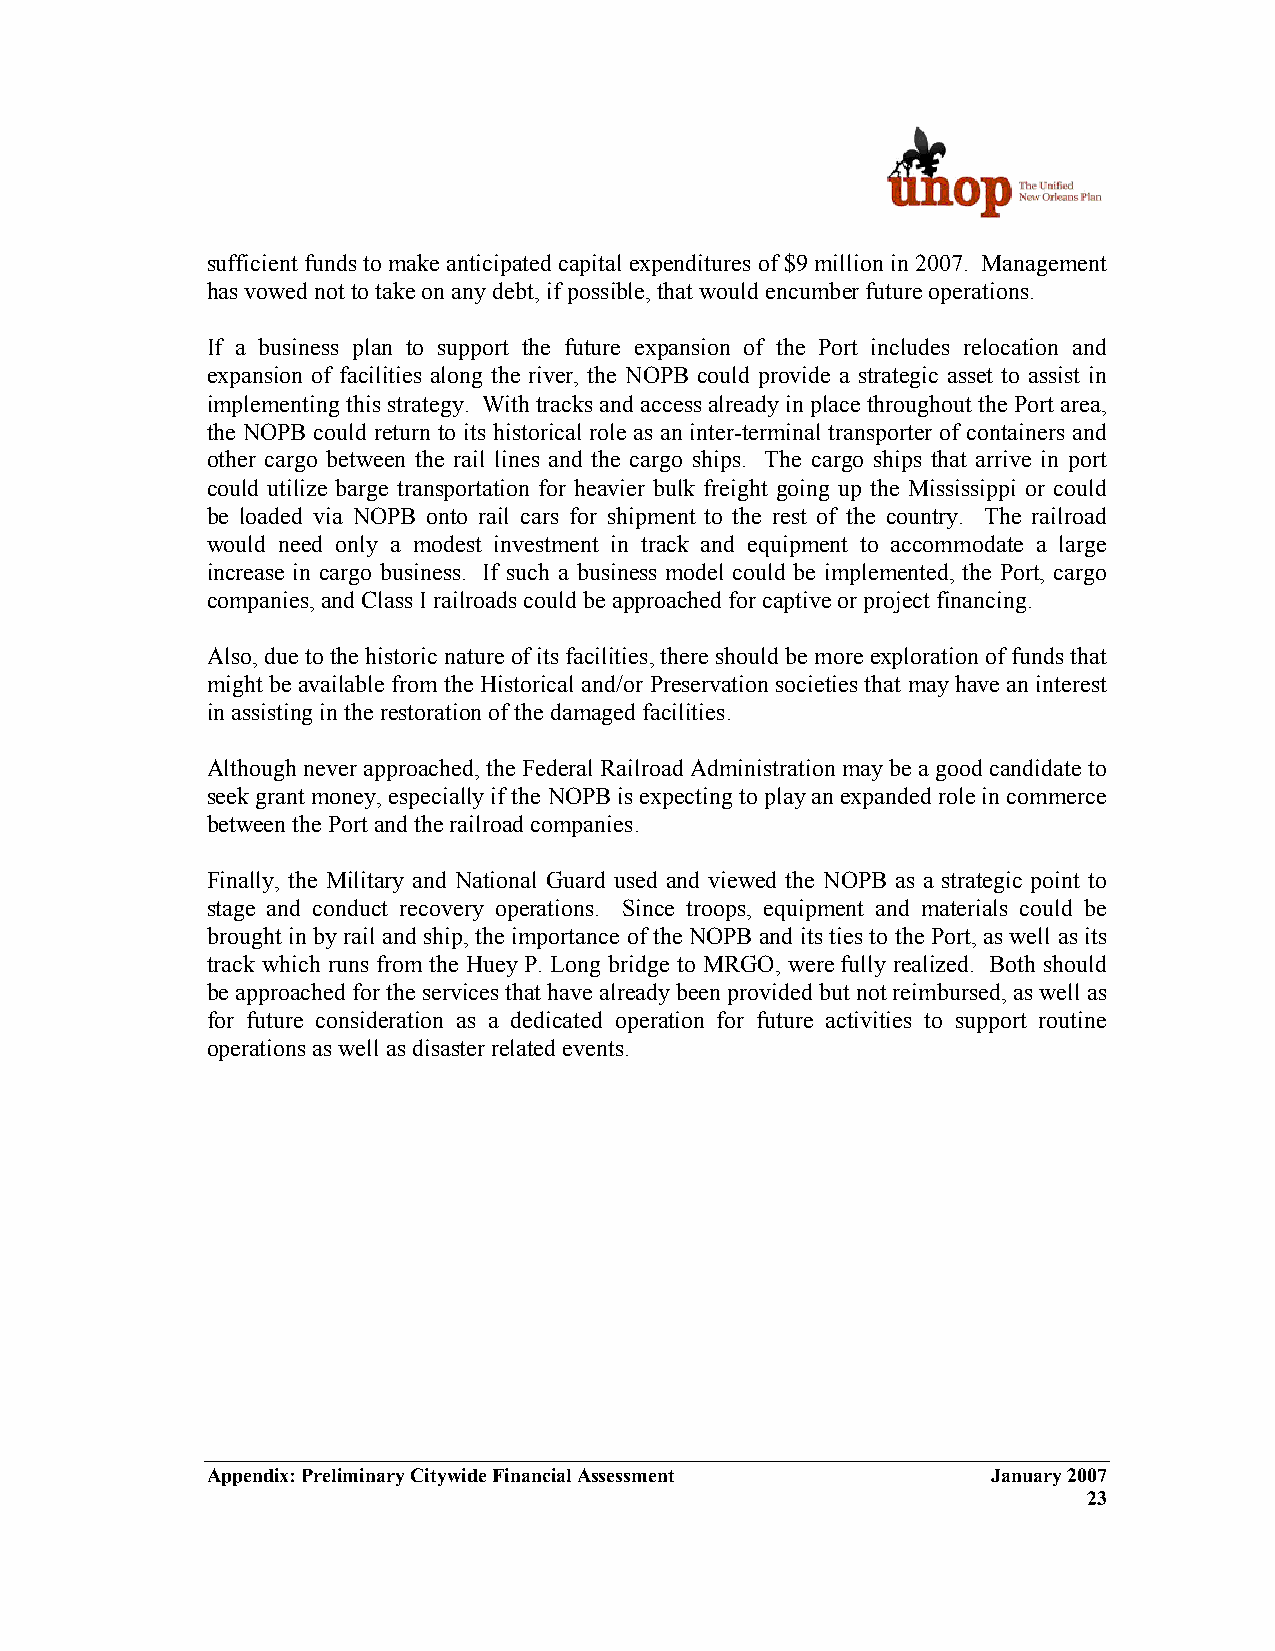
sufficient funds to make anticipated capital expenditures of $9 million in 2007. Management
 has vowed not to take on any debt, if possible, that would encumber future operations.
 If a business plan to support the future expansion of the Port includes relocation and
 expansion of facilities along the river, the NOPB could provide a strategic asset to assist in
 implementing this strategy. With tracks and access already in place throughout the Port area,
 the NOPB could return to its historical role as an inter-terminal transporter of containers and
 other cargo between the rail lines and the cargo ships. The cargo ships that arrive in port
 could utilize barge transportation for heavier bulk freight going up the Mississippi or could
 be loaded via NOPB onto rail cars for shipment to the rest of the country. The railroad
 would need only a modest investment in track and equipment to accommodate a large
 increase in cargo business. If such a business model could be implemented, the Port, cargo
 companies, and Class I railroads could be approached for captive or project financing.
 Also, due to the historic nature of its facilities, there should be more exploration of funds that
 might be available from the Historical and/or Preservation societies that may have an interest
 in assisting in the restoration of the damaged facilities.
 Although never approached, the Federal Railroad Administration may be a good candidate to
 seek grant money, especially if the NOPB is expecting to play an expanded role in commerce
 between the Port and the railroad companies.
 Finally, the Military and National Guard used and viewed the NOPB as a strategic point to
 stage and conduct recovery operations. Since troops, equipment and materials could be
 brought in by rail and ship, the importance of the NOPB and its ties to the Port, as well as its
 track which runs from the Huey P. Long bridge to MRGO, were fully realized. Both should
 be approached for the services that have already been provided but not reimbursed, as well as
 for future consideration as a dedicated operation for future activities to support routine
 operations as well as disaster related events.
 Appendix: Preliminary Citywide Financial Assessment January 2007
 23